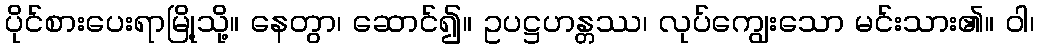
ပိုင်စားပေးရာမြို့သို့။ နေတွာ၊ ဆောင်၍။ ဥပဋ္ဌဟန္တဿ၊ လုပ်ကျွေးသော မင်းသား၏။ ဝါ၊